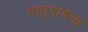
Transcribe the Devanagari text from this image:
मातृषाषेचा